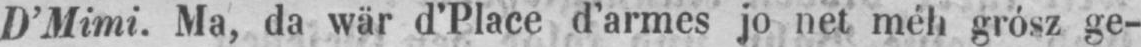
D’Mimi. Ma, da wär d’Place d’armes jo net méh grósz ge-